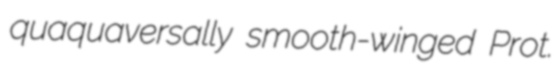
quaquaversally smooth-winged Prot.